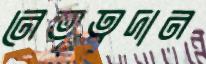
নেতৃত্বদান